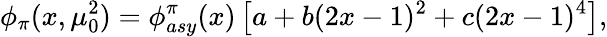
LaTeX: \phi_{\pi}(x,\mu_{0}^{2})=\phi_{asy}^{\pi}(x)\left[a+b(2x-1)^{2}+c(2x-1)^{4}\right],